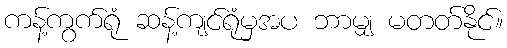
ကန့်ကွက်ရုံ ဆန့်ကျင်ရုံမှအပ ဘာမျှ မတတ်နိုင်။